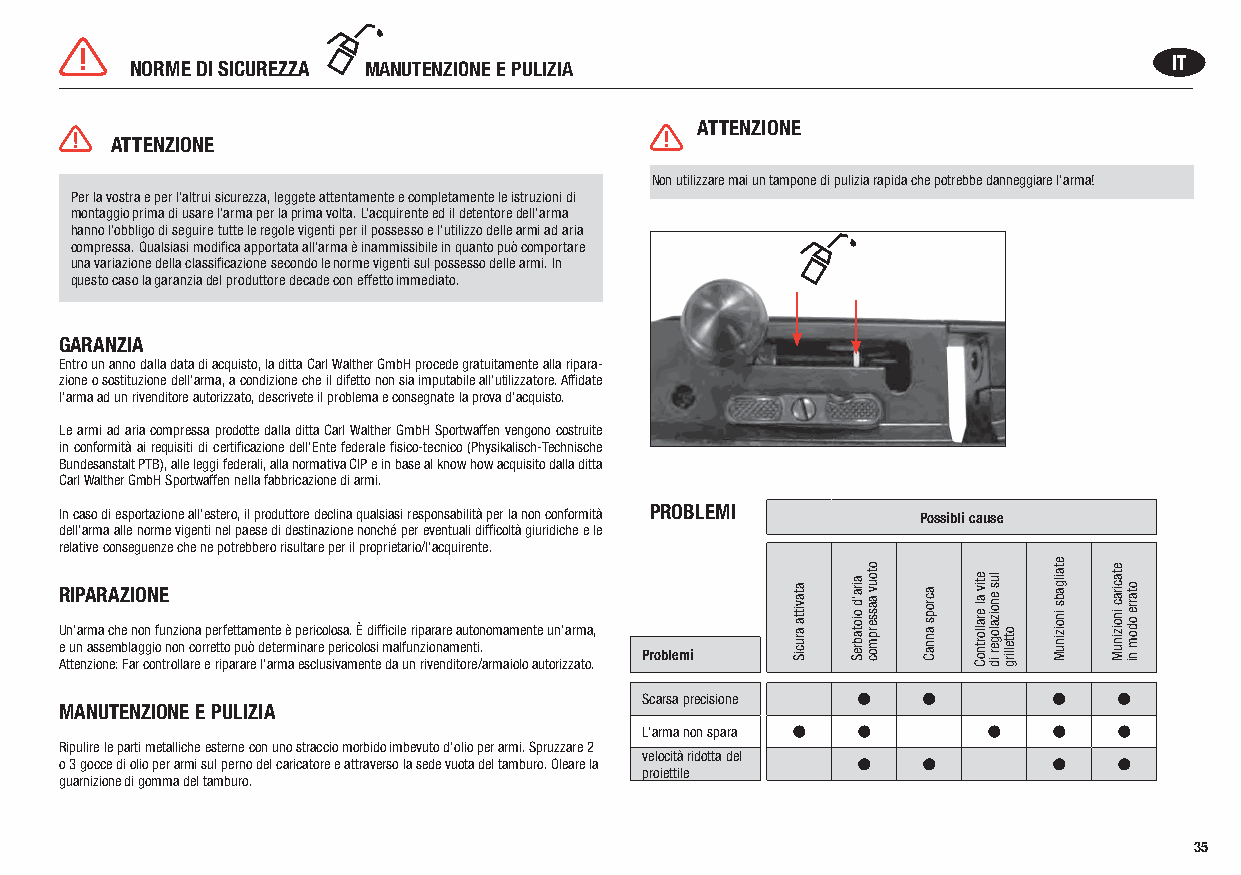
NORME DI SICUREZZA MANUTENZIONE E PULIZIA                            IT
 ATTENZIONE
 ATTENZIONE
 Non utilizzare mai un tampone di pulizia rapida che potrebbe danneggiare l‘arma!
 Per la vostra e per l‘altrui sicurezza, leggete attentamente e completamente le istruzioni di
 montaggio prima di usare l‘arma per la prima volta. L‘acquirente ed il detentore dell‘arma
 hanno l‘obbligo di seguire tutte le regole vigenti per il possesso e l‘utilizzo delle armi ad aria
 compressa. Qualsiasi modifica apportata all‘arma è inammissibile in quanto può comportare
 una variazione della classificazione secondo le norme vigenti sul possesso delle armi. In
 questo caso la garanzia del produttore decade con effetto immediato.
 GARANZIA
 Entro un anno dalla data di acquisto, la ditta Carl Walther GmbH procede gratuitamente alla ripara-
 zione o sostituzione dell’arma, a condizione che il difetto non sia imputabile all’utilizzatore. Affidate
 l’arma ad un rivenditore autorizzato, descrivete il problema e consegnate la prova d‘acquisto.
 Le armi ad aria compressa prodotte dalla ditta Carl Walther GmbH Sportwaffen vengono costruite
 in conformità ai requisiti di certificazione dell‘Ente federale fisico-tecnico (Physikalisch-Technische
 Bundesanstalt PTB), alle leggi federali, alla normativa CIP e in base al know how acquisito dalla ditta
 Carl Walther GmbH Sportwaffen nella fabbricazione di armi.
 In caso di esportazione all‘estero, il produttore declina qualsiasi responsabilità per la non conformità PROBLEMI Possibli cause
 dell‘arma alle norme vigenti nel paese di destinazione nonché per eventuali difficoltà giuridiche e le
 relative conseguenze che ne potrebbero risultare per il proprietario/l‘acquirente.
 RIPARAZIONE
 Un’arma che non funziona perfettamente è pericolosa. È difficile riparare autonomamente un’arma,
 e un assemblaggio non corretto può determinare pericolosi malfunzionamenti.
 Problemi Attenzione: Far controllare e riparare l‘arma esclusivamente da un rivenditore/armaiolo autorizzato.
 Scarsa precisione
 MANUTENZIONE E PULIZIA
 L‘arma non spara
 Ripulire le parti metalliche esterne con uno straccio morbido imbevuto d‘olio per armi. Spruzzare 2
 velocità ridotta del
 o 3 gocce di olio per armi sul perno del caricatore e attraverso la sede vuota del tamburo. Oleare la
 proiettile
 guarnizione di gomma del tamburo.
 35
 atavitta
 aruciS
 aira’d
 oiotabreS
 otouv
 aasserpmoc acrops
 annaC
 etiv al
 erallortnoC
 lus enoizaloger
 id
 ottellirg
 etailgabs
 inoizinuM
 etacirac
 inoizinuM
 otarre
 odom
 ni